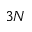
3 N